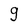
Character: 9